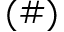
( \# )